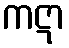
ကဋာ